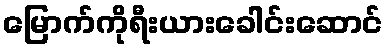
မြောက်ကိုရီးယားခေါင်းဆောင်